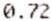
0.72